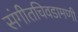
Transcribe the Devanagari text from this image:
संगीतचिवडामणी